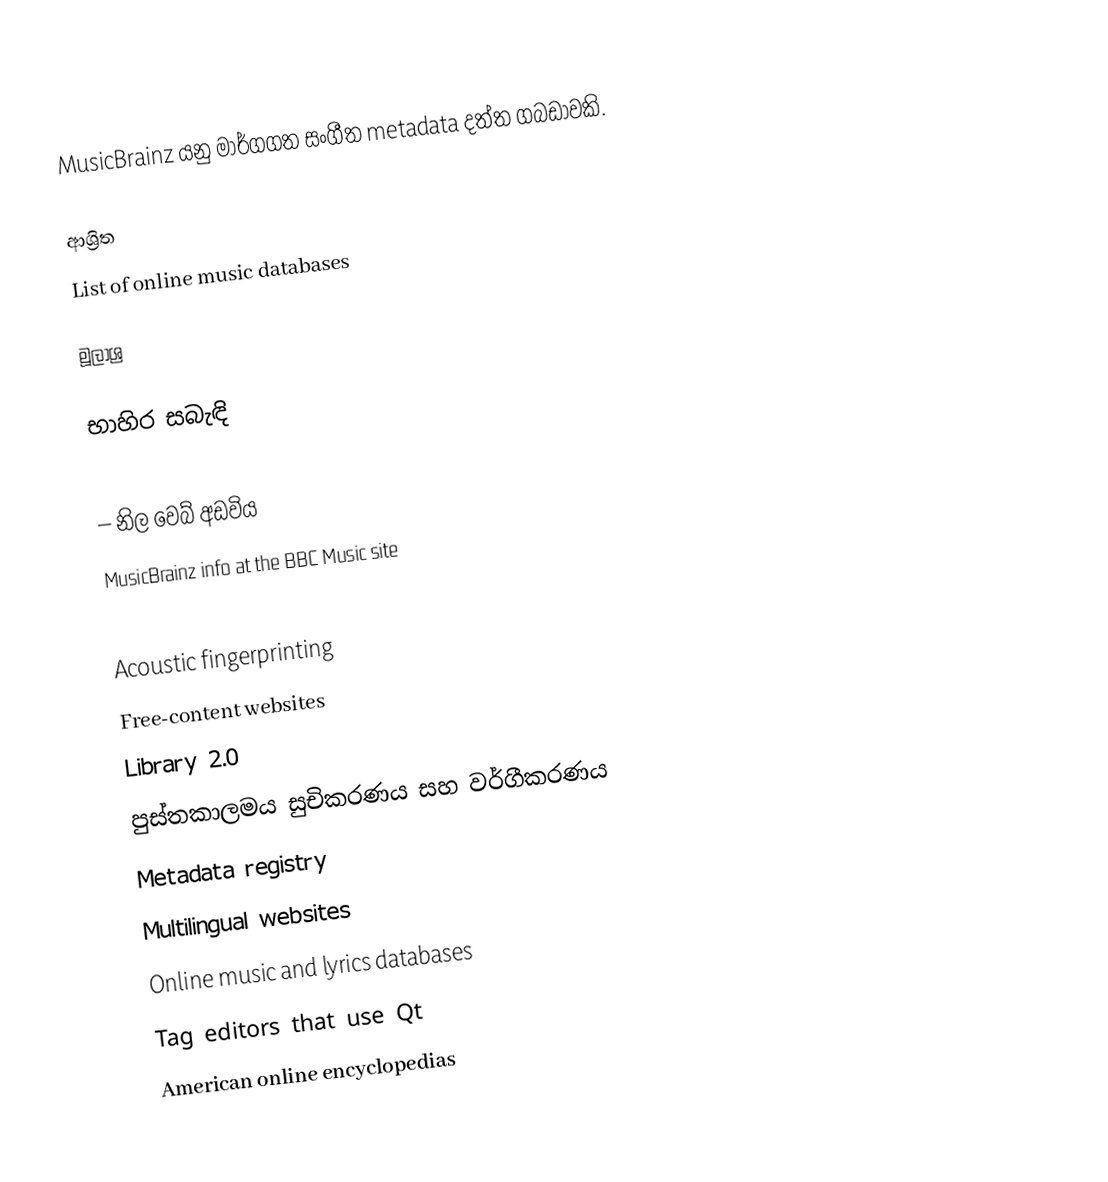
MusicBrainz යනු මාර්ගගත සංගීත metadata දත්ත ගබඩාවකි.

ආශ්‍රිත
 List of online music databases

මූලාශ්‍ර

භාහිර සබැඳි

  – නිල වෙබ් අඩවිය
 MusicBrainz info at the BBC Music site

Acoustic fingerprinting
Free-content websites
Library 2.0
පුස්තකාලමය සුචිකරණය සහ වර්ගීකරණය
Metadata registry
Multilingual websites
Online music and lyrics databases
Tag editors that use Qt
American online encyclopedias